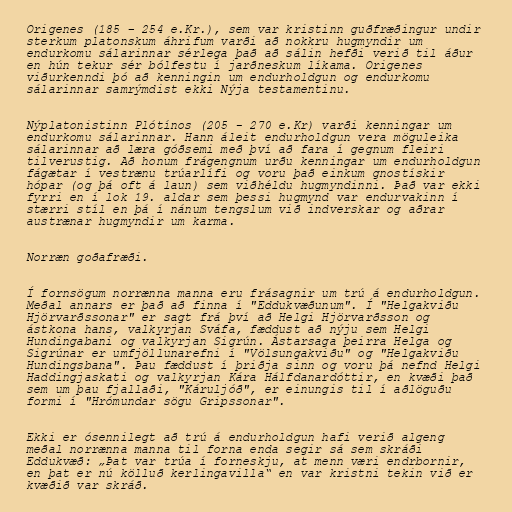
Origenes (185 – 254 e.Kr.), sem var kristinn guðfræðingur undir
sterkum platonskum áhrifum varði að nokkru hugmyndir um
endurkomu sálarinnar sérlega það að sálin hefði verið til áður
en hún tekur sér bólfestu í jarðneskum líkama. Origenes
viðurkenndi þó að kenningin um endurholdgun og endurkomu
sálarinnar samrýmdist ekki Nýja testamentinu.

Nýplatonistinn Plótínos (205 - 270 e.Kr) varði kenningar um
endurkomu sálarinnar. Hann áleit endurholdgun vera möguleika
sálarinnar að læra góðsemi með því að fara í gegnum fleiri
tilverustig. Að honum frágengnum urðu kenningar um endurholdgun
fágætar í vestrænu trúarlífi og voru það einkum gnostískir
hópar (og þá oft á laun) sem viðhéldu hugmyndinni. Það var ekki
fyrri en í lok 19. aldar sem þessi hugmynd var endurvakinn í
stærri stíl en þá í nánum tengslum við indverskar og aðrar
austrænar hugmyndir um karma.

Norræn goðafræði.

Í fornsögum norrænna manna eru frásagnir um trú á endurholdgun.
Meðal annars er það að finna í "Eddukvæðunum". Í "Helgakviðu
Hjörvarðssonar" er sagt frá því að Helgi Hjörvarðsson og
ástkona hans, valkyrjan Sváfa, fæddust að nýju sem Helgi
Hundingabani og valkyrjan Sigrún. Ástarsaga þeirra Helga og
Sigrúnar er umfjöllunarefni í "Völsungakviðu" og "Helgakviðu
Hundingsbana". Þau fæddust í þriðja sinn og voru þá nefnd Helgi
Haddingjaskati og valkyrjan Kára Hálfdanardóttir, en kvæði það
sem um þau fjallaði, "Káruljóð", er einungis til í aðlöguðu
formi í "Hrómundar sögu Gripssonar".

Ekki er ósennilegt að trú á endurholdgun hafi verið algeng
meðal norrænna manna til forna enda segir sá sem skráði
Eddukvæð: „Þat var trúa í forneskju, at menn væri endrbornir,
en þat er nú kölluð kerlingavilla“ en var kristni tekin við er
kvæðið var skráð.